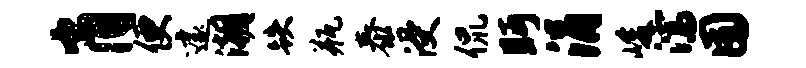
肖便遽潮跌瓶泰浸侃眄涓峻濡囿